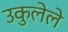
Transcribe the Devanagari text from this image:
उकुलेले